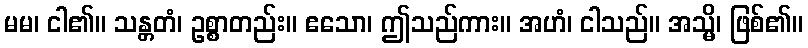
မမ၊ ငါ၏။ သန္တတံ၊ ဥစ္စာတည်း။ ဧသော၊ ဤသည်ကား။ အဟံ၊ ငါသည်။ အသ္မိ၊ ဖြစ်၏။